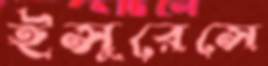
ইন্সুরেন্সে